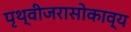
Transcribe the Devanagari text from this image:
पृथ्वीजरासोकाव्य